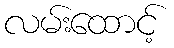
လမ်းထောင့်